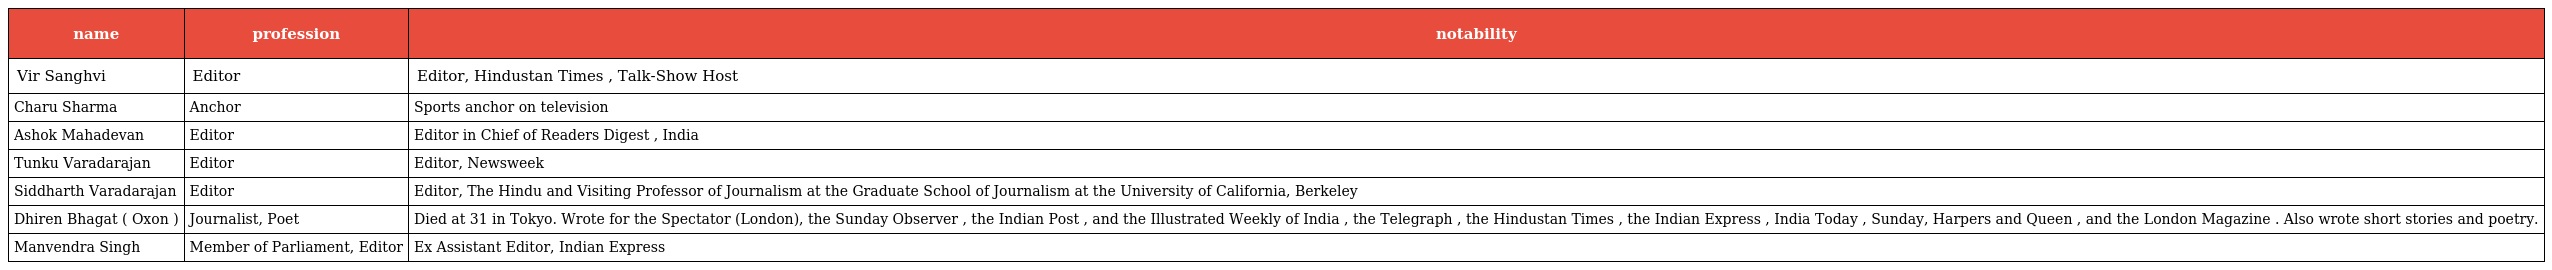
| name | profession | notability |
 | --- | --- | --- |
 | Vir Sanghvi | Editor | Editor, Hindustan Times , Talk-Show Host |
 | Charu Sharma | Anchor | Sports anchor on television |
 | Ashok Mahadevan | Editor | Editor in Chief of Readers Digest , India |
 | Tunku Varadarajan | Editor | Editor, Newsweek |
 | Siddharth Varadarajan | Editor | Editor, The Hindu and Visiting Professor of Journalism at the Graduate School of Journalism at the University of California, Berkeley |
 | Dhiren Bhagat ( Oxon ) | Journalist, Poet | Died at 31 in Tokyo. Wrote for the Spectator (London), the Sunday Observer , the Indian Post , and the Illustrated Weekly of India , the Telegraph , the Hindustan Times , the Indian Express , India Today , Sunday, Harpers and Queen , and the London Magazine . Also wrote short stories and poetry. |
 | Manvendra Singh | Member of Parliament, Editor | Ex Assistant Editor, Indian Express |